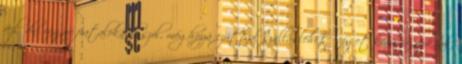
fejlődni vágyó fiataloknak szól, méghozzá ezúttal szálláslehetőséget kínálva azoknak,